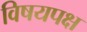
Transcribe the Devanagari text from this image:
विषयपक्ष